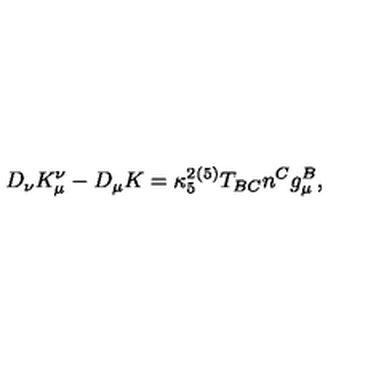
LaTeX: D _ { \nu } K _ { \mu } ^ { \nu } - D _ { \mu } K = \kappa _ { 5 } ^ { 2 } { } ^ { ( 5 ) } T _ { B C } n ^ { C } g _ { \mu } ^ { B } ,